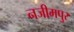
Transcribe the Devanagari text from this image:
नजीमपुर